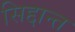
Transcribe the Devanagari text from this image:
सिद्दान्त